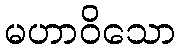
မဟာဝိသော